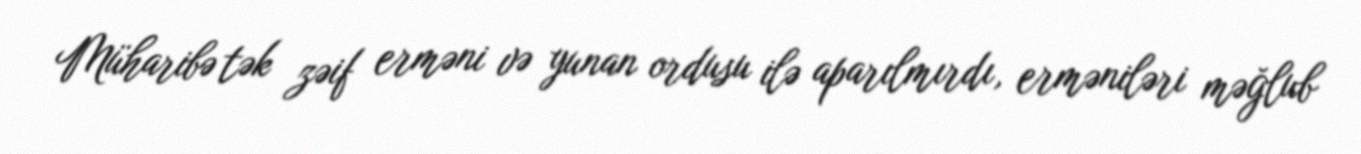
Müharibə tək zəif erməni və yunan ordusu ilə aparılmırdı, erməniləri məğlub